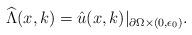
\begin{align*}\widehat{\Lambda}(x, k)=\hat u(x, k)|_{\partial \Omega\times (0, \epsilon_0)}. \end{align*}